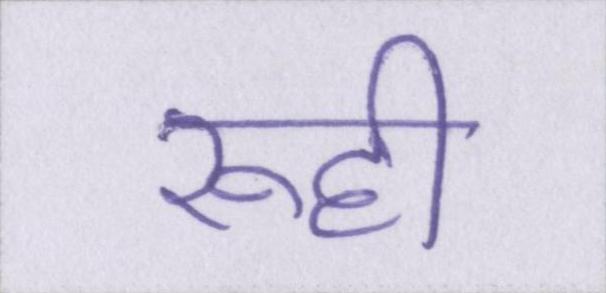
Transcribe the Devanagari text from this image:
रूही